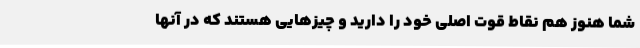
شما هنوز هم نقاط قوت اصلی خود را دارید و چیزهایی هستند که در آنها